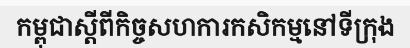
កម្ពុជាស្តីពីកិច្ចសហការកសិកម្មនៅទីក្រុង